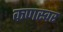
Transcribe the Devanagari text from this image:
कणस्वर